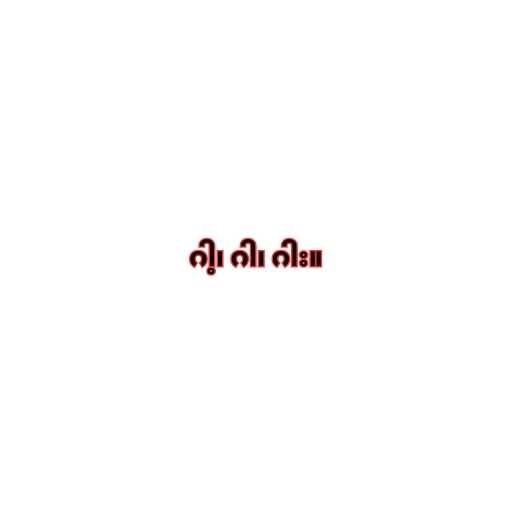
ဂါ့၊ ဂါ၊ ဂါး။